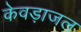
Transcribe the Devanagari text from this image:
केवड़ाजल